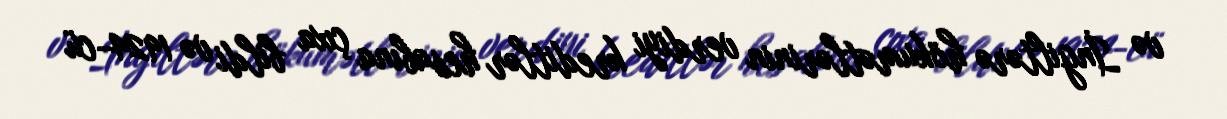
və İngiltərə hökumətlərinin verdiyi kreditlər hesabına çıxa bildi və 1924-cü